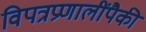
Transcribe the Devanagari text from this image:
विपत्रप्रणालींपैकी